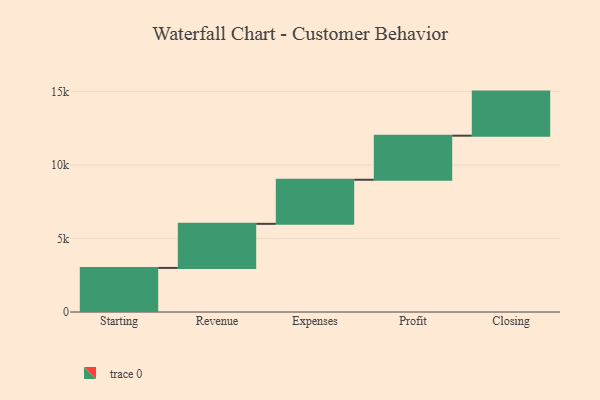
{"axis": {"x": "Step", "y": "Value"}, "legend": [""], "data": [{"x": "Starting", "y": 3000, "type": ""}, {"x": "Revenue", "y": 3000, "type": ""}, {"x": "Expenses", "y": 3000, "type": ""}, {"x": "Profit", "y": 3000, "type": ""}, {"x": "Closing", "y": 3000, "type": ""}]}